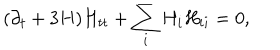
( \partial _ { t } + 3 H ) H _ { t t } + \sum _ { i } H _ { i } H _ { i i } = 0 ,